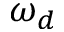
\omega _ { d }